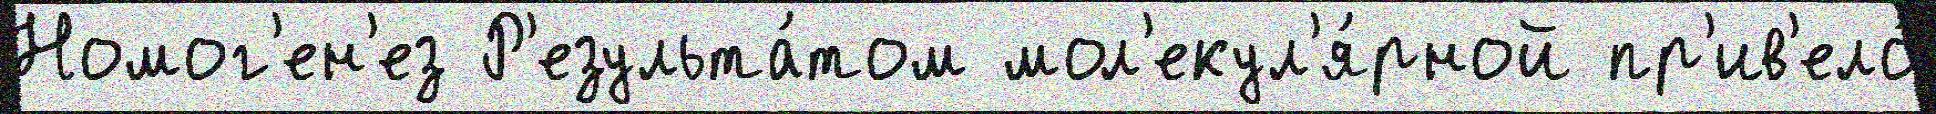
Номог'ен'ез Р'езульта́том мол'екул'я́рной пр'ив'ело́